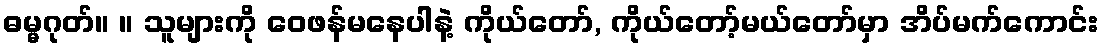
ဓမ္မဂုတ်။ ။ သူများကို ဝေဖန်မနေပါနဲ့ ကိုယ်တော်, ကိုယ်တော့်မယ်တော်မှာ အိပ်မက်ကောင်း